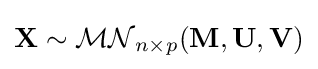
\mathbf {X} \sim {\mathcal {MN}}_{n\times p}(\mathbf {M} ,\mathbf {U} ,\mathbf {V} )